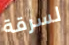
لسرقة